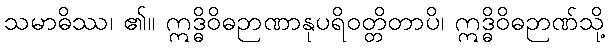
သမာဓိဿ၊ ၏။ ဣဒ္ဓိဝိဓဉာဏာနုပရိဝတ္တိတာပိ၊ ဣဒ္ဓိဝိဓဉာဏ်သို့